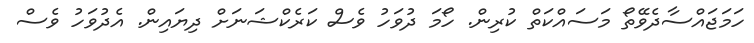
ހަމަޖައްސާދެވޭތޯ މަސައްކަތް ކުރިން. ހޯމަ ދުވަހު ވެސް ކަރެކްޝަނަށް ދިޔައިން. އެދުވަހު ވެސް